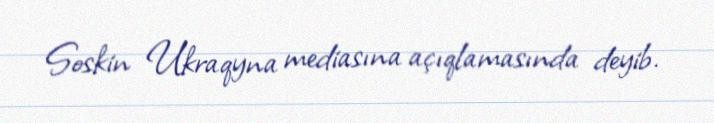
Soskin Ukraqyna mediasına açıqlamasında deyib.